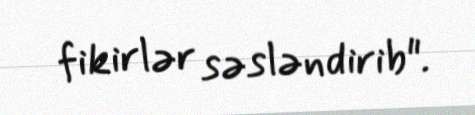
fikirlər səsləndirib".